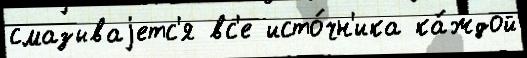
смазываjетс'я вс'е исто́чн'ика ка́ждой